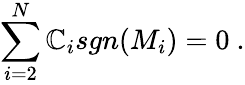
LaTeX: \sum_{i=2}^{N}\mathbb{C}_{i}sgn(M_{i})=0\ .